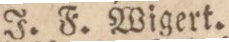
J. F.Wigert.